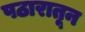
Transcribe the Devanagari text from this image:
पठारातून